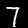
Label: 7